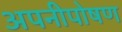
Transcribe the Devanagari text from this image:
अपनीपोषण